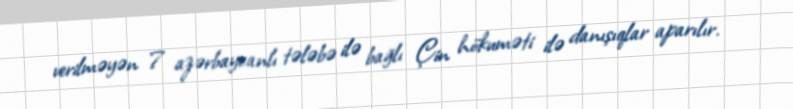
verilməyən 7 azərbaycanlı tələbə ilə bağlı Çin hökuməti ilə danışıqlar aparılır.